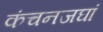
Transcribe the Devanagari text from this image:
कंचनजघां